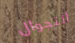
التجوال